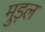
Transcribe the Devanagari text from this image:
मुड़ल